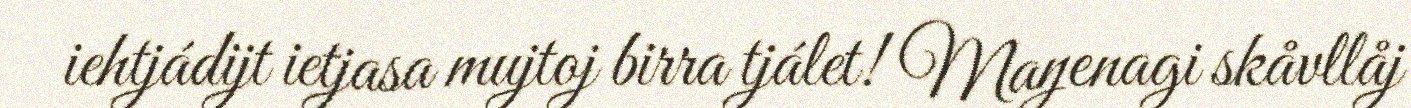
iehtjádijt ietjasa mujtoj birra tjálet! Maŋenagi skåvllåj